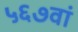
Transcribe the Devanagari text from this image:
५६७वां